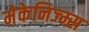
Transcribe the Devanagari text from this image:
मेकेनिज्म्स